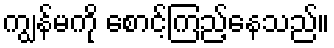
ကျွန်မကို စောင့်ကြည့်နေသည်။